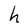
Character: h